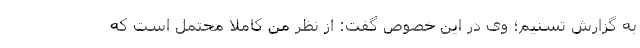
به گزارش تسنیم؛ وی در این خصوص گفت: از نظر من کاملاً محتمل است که